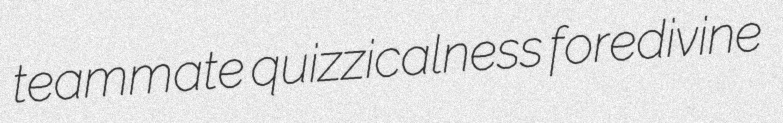
teammate quizzicalness foredivine